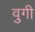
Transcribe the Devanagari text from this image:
वुगी